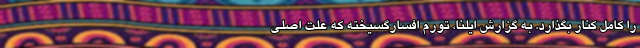
را کامل کنار بگذارد. به گزارش ایلنا، تورم افسارگسیخته که علت اصلی